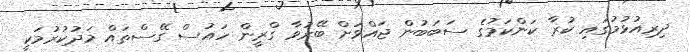
ދިރިއުޅުމުގައި ކުރާ ކަންކަމުގެ ސަބަބުން ޖައްވަށް ބޭރުވާ ގްރީން ހައުސް ގޭސްތައް މަދުކުރުމަކީ